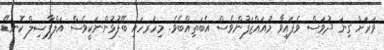
ވަރަށް ގިނަ ދުވަސް ވެފައިވާ މުއައްޒަފުންވެސް އެބަތިއްބެވެ. މިހުރހައި ބޭފުޅުންނަކީވެސް އަލްފާޟިލް ކޮނޑޭ